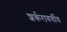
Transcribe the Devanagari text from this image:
शर्करावर्गीय